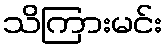
သိကြားမင်း